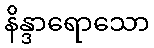
နိန္ဒာရောသော